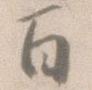
百